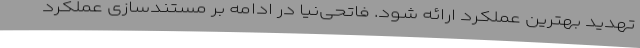
تهدید بهترین عملکرد ارائه شود. فاتحی‌نیا در ادامه بر مستندسازی عملکرد